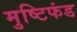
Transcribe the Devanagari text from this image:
मुष्टिफंड